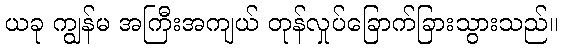
ယခု ကျွန်မ အကြီးအကျယ် တုန်လှုပ်ခြောက်ခြားသွားသည်။